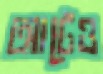
আটেও